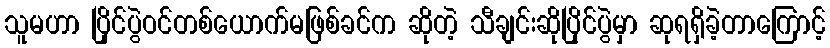
သူမဟာ ပြိုင်ပွဲဝင်တစ်ယောက်မဖြစ်ခင်က ဆိုတဲ့ သီချင်းဆိုပြိုင်ပွဲမှာ ဆုရရှိခဲ့တာကြောင့်